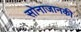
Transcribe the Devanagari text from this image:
सोनाजानकी